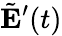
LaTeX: \tilde{\mathbf{E}}^{\prime}(t)